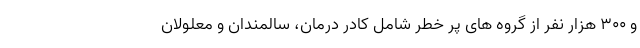
و ۳۰۰ هزار نفر از گروه های پر خطر شامل کادر درمان، سالمندان و معلولان